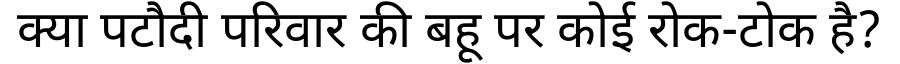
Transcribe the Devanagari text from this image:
क्या पटौदी परिवार की बहू पर कोई रोक-टोक है?